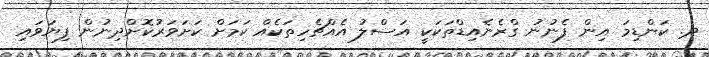
ދ. ކަންޑިމަ އިން ފެނުނު ގްރެނެއިޑްތަކަކީ އަސްލު އެއްޗެހިތަކެއް ކަމަށް ކަށަވަރުކޮށްދިނުން ފިޔަވައި